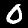
Label: 0